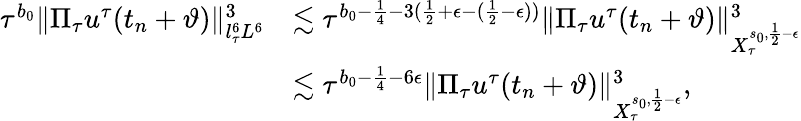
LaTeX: \begin{array}{rl}{\tau^{b_{0}}\| \Pi_{\tau}u^{\tau}(t_{n}+\vartheta)\| _{l_{\tau}^{6}L^{6}}^{3}}&{\lesssim\tau^{b_{0}-{\frac{1}{4}}-3({\frac{1}{2}}+\epsilon-(\frac 12-\epsilon))}\| \Pi_{\tau}u^{\tau}(t_{n}+\vartheta)\| _{X_{\tau}^{s_{0},\frac 12-\epsilon}}^{3}}\\ &{\lesssim\tau^{b_{0}-{\frac{1}{4}}-6\epsilon}\| \Pi_{\tau}u^{\tau}(t_{n}+\vartheta)\| _{X_{\tau}^{s_{0},\frac 12-\epsilon}}^{3},}\end{array}